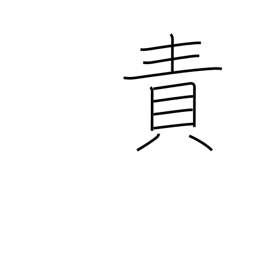
Meaning: censure